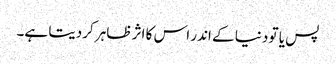
پس یا تو دنیا کے اندر اس کا اثر ظاہر کردیتا ہے۔